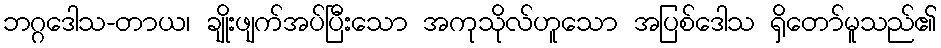
ဘဂ္ဂဒေါသ-တာယ၊ ချိုးဖျက်အပ်ပြီးသော အကုသိုလ်ဟူသော အပြစ်ဒေါသ ရှိတော်မူသည်၏